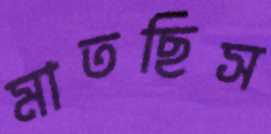
মাতছিস